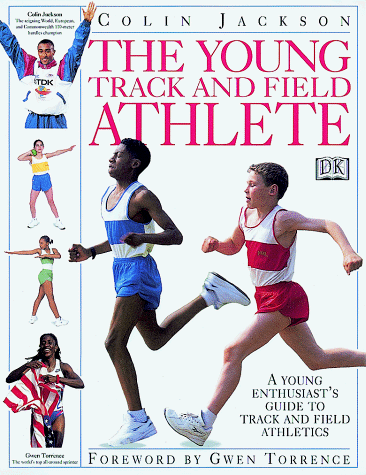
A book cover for Young Track and Field Athlete; Colin Jackson; Children's Books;